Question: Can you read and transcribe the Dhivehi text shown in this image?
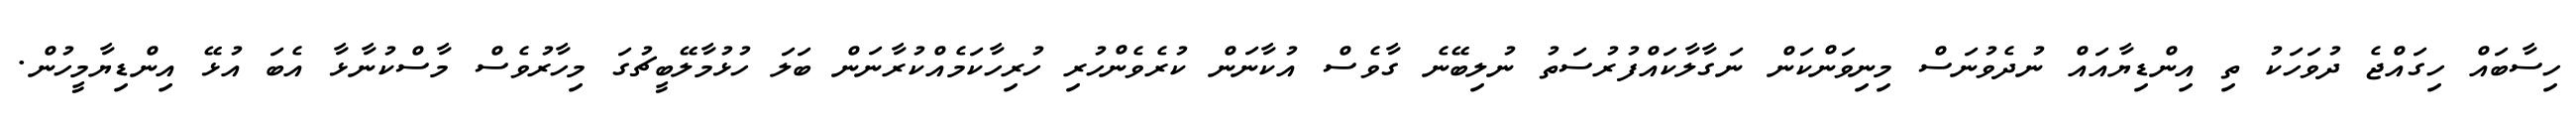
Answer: ހިސާބައް ހިގައްޖެ ދުވަހަކު ތި އިންޑިޔާއައް ނުދެވުނަސް މިނިވަންކަން ނަގާލާކައްފުރުސަތު ނުލިބޭނެ ގާވެސް އުކާނަން ކުރެވެންހުރި ހުރިހާކަމެއްކުރާނަން ބަލަ ހުޅުމާލޭބީޗުގަ މިހާރުވެސް މާސްކުނާޅާ އެބަ އުޅޭ އިންޑިޔާމީހުން.